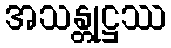
အသန္တုဋ္ဌဿ